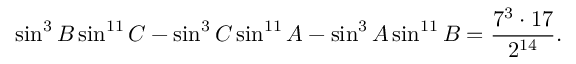
\sin ^ { 3 } B \sin ^ { 1 1 } C - \sin ^ { 3 } C \sin ^ { 1 1 } A - \sin ^ { 3 } A \sin ^ { 1 1 } B = { \frac { 7 ^ { 3 } \cdot 1 7 } { 2 ^ { 1 4 } } } .